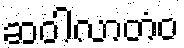
ဆဝါလာတံဝ